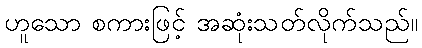
ဟူသော စကားဖြင့် အဆုံးသတ်လိုက်သည်။